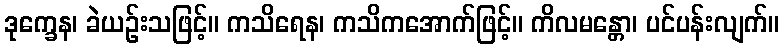
ဒုက္ခေန၊ ခဲယဉ်းသဖြင့်။ ကသိရေန၊ ကသိကအောက်ဖြင့်။ ကိလမန္တော၊ ပင်ပန်းလျက်။